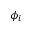
\phi _ { i }